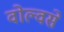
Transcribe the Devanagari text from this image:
वोल्वसे